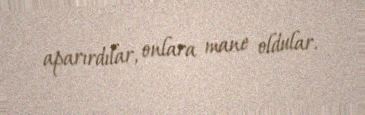
aparırdılar, onlara mane oldular.